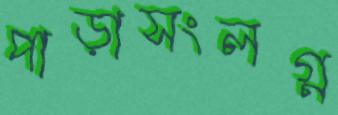
পাড়াসংলগ্ন